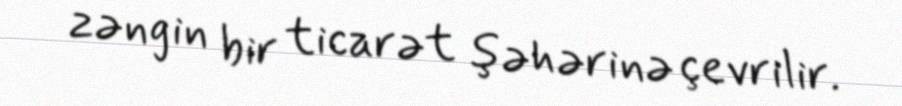
zəngin bir ticarət şəhərinə çevrilir.